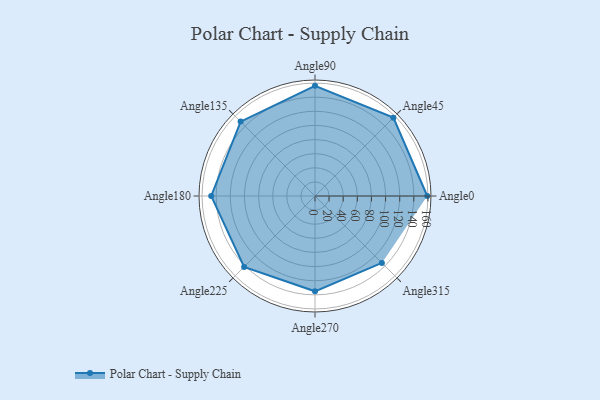
{"axis": {"x": "Angle", "y": "Radius"}, "legend": [""], "data": [{"x": "Angle0", "y": 159.0, "type": ""}, {"x": "Angle45", "y": 157.0, "type": ""}, {"x": "Angle90", "y": 156.0, "type": ""}, {"x": "Angle135", "y": 149.0, "type": ""}, {"x": "Angle180", "y": 147.0, "type": ""}, {"x": "Angle225", "y": 142.0, "type": ""}, {"x": "Angle270", "y": 135.0, "type": ""}, {"x": "Angle315", "y": 134.0, "type": ""}]}